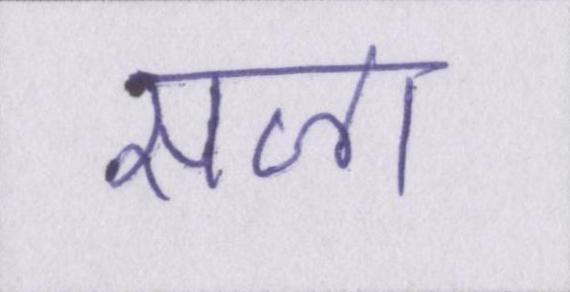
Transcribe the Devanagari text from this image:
सजा